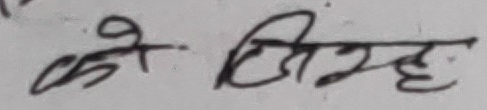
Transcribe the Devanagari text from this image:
के जिम्मह